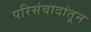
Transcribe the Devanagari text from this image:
परिसंवादांतून